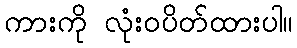
ကားကို လုံးဝပိတ်ထားပါ။